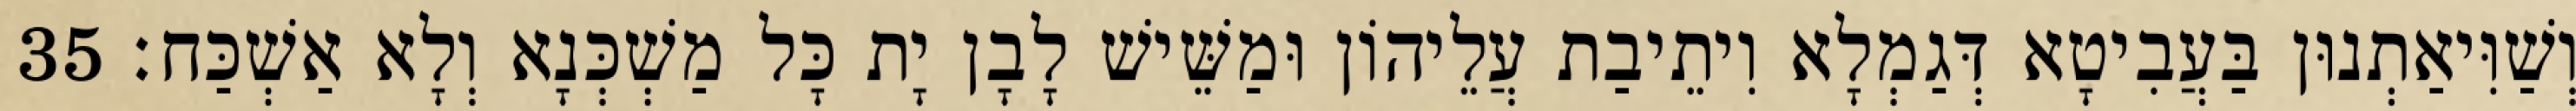
וְשַׁוִּיאַתְנוּן בַּעֲבִיטָא דְּגַמְלָא וִיתֵיבַת עֲלֵיהוֹן וּמַשֵּׁישׁ לָבָן יָת כָּל מַשְׁכְּנָא וְלָא אַשְׁכַּח׃ 35